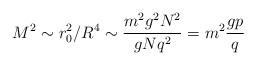
LaTeX: \begin{align*}M^2 \sim r_0^2/R^4 \sim \frac{m^2 g^2 N^2}{gNq^2 } = m^2\frac{gp}{q}\end{align*}